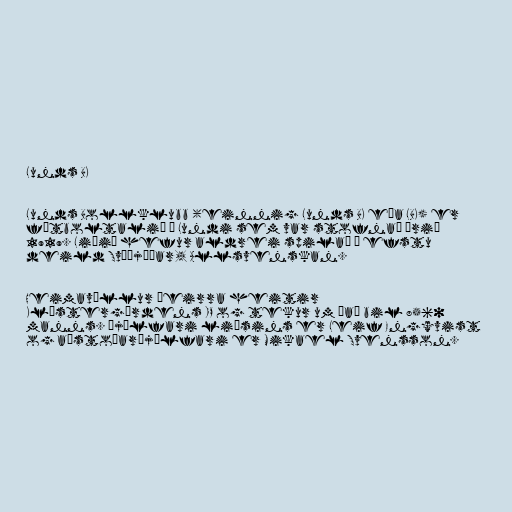
Lunds BK

Lunds Bollklubb (einnig Lunds BK eða LBK) er
fótboltalið í Lundi sem var stofnað árið
1919. Liðið hefur aldrei spilað í efstu
deild Svíþjóðar, Allsvenskan.

Heimavöllur þeirra heitir
Klåstergårdens IP og tekur um það bil 8560
manns. Þjálfari liðsins er Leif Engqvist
og aðstoðarþjálfari er Mikael Svensson.